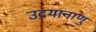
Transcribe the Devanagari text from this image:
उदयानाणु